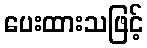
ပေးထားသဖြင့်